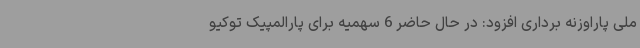
ملی پاراوزنه برداری افزود: در حال حاضر 6 سهمیه برای پارالمپیک توکیو